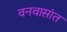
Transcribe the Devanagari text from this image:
वनवासांत